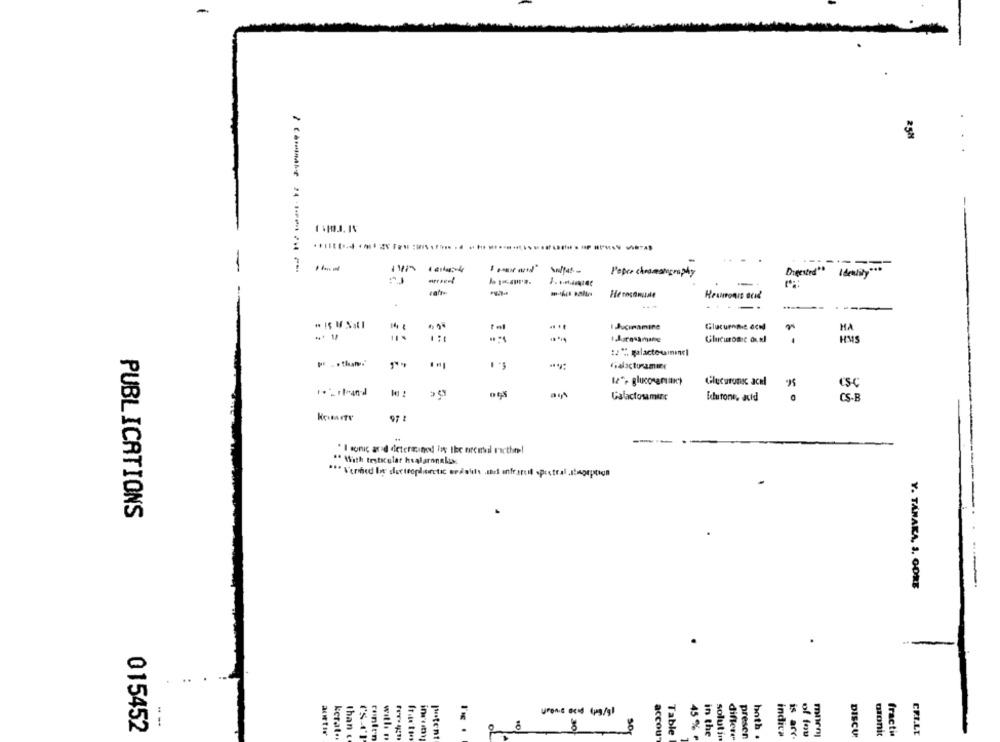
2529
.
.. ..
--
--
Peper chromatog
Dieested""
Identity ***
-
-
----
I.Jucimamine
Glucuron.e. acil
HA
-* 1/
-
HMS
ps .. . that.
Kialaçturamını
12", glucosemax)
Glucuronsc acel
CS-C
Galactosaminc
Ichutone, acid
CS-B
" I sonic acid determined la Ibe oremail racthe!
" With testicular healaronalis
PUBLICATIONS
Y. TANAKA, J. OORE
015452
10
8
aortis
kerat.
than c
patent
SO
accou
Table
in the
solutin
differe
presen
both
indica
is arc
of fou
DISCU
bionic
fracti
ranlen
with. .
45 % F